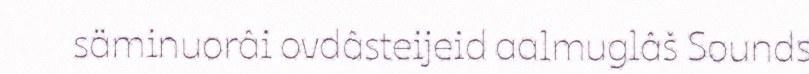
säminuorâi ovdâsteijeid aalmuglâš Sounds